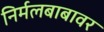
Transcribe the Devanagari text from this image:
निर्मलबाबावर